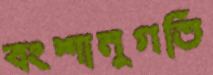
বংশানুগতি